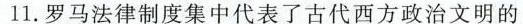
11.罗马法律制度集中代表了古代西方政治文明的